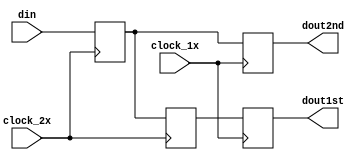
`timescale 1ns / 1ps
//------------------------------------------------------------------------------------------------------------------
//	1-to-2 De-multiplexer converts 80MHz data to 40MHz ALCT
//
//	03/11/2009	Initial
//	04/25/2012	Mod for alct single cable test
//------------------------------------------------------------------------------------------------------------------
	module x_demux_alct (din,clock_1x,clock_2x,dout1st,dout2nd);

// Generic
	parameter WIDTH = 1;

// Ports
	input	[WIDTH-1:0]	din;		// 40 MHz data in
	input				clock_1x;	// 40 MHz clock
	input				clock_2x;	// 80 MHz clock
	output	[WIDTH-1:0]	dout1st;	// 1st in time out
	output	[WIDTH-1:0]	dout2nd;	// 2nd in time out

// Local
	reg		[WIDTH-1:0]	din_ff;
	reg		[WIDTH-1:0]	xfer_ff;
	reg		[WIDTH-1:0]	dout1st;
	reg		[WIDTH-1:0]	dout2nd;

// Latch 80 MHz multiplexed inputs in IOB FFs
	always @(posedge clock_2x) begin
	din_ff <= din;
	end

// Transfer 1st-in-time to holding FFs
	always @(posedge clock_2x) begin
	xfer_ff <= din_ff;
	end

// Synchoronize to 40MHz main clock
	always @(posedge clock_1x) begin
	dout1st <= xfer_ff;
	dout2nd <= din_ff;
	end

	endmodule